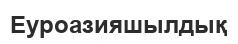
Еуроазияшылдық